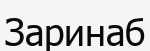
Заринаб